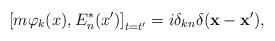
LaTeX: \begin{align*}\left[ m\varphi _k(x),E_{n}^{*}(x^{\prime })\right] _{t=t^{\prime}}=i\delta _{kn}\delta (\mathbf{x}-\mathbf{x}^{\prime }) ,\end{align*}